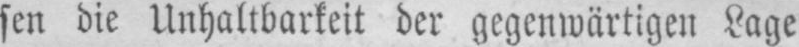
sen die Unhaltbarkeit der gegenwärtigen Lage